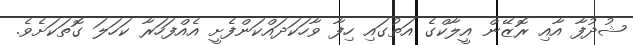
ޝުދުފާ އާއި ރޮޒޭން އީލާކްގެ އަތުގައި ހިފާ ވާހަކަދައްކަންފެށީ އެއްފަހަރާ ކަހަލަ ގޮތަކަށެވެ.